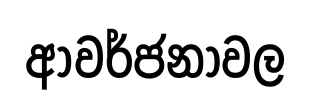
ආවර්ජනාවල